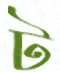
ট